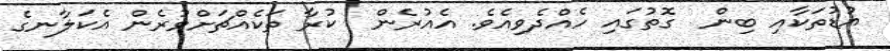
އުޑުތަކާއި ބިން  ގޮތުގައި ހެއްދެވިއެވެ. އެއުރެން  ކުރާ ތަކެއްޗަށްވުރެން އެކަލާނގެ